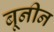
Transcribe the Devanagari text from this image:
बूनीन